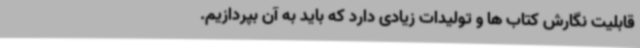
قابلیت نگارش کتاب ها و تولیدات زیادی دارد که باید به آن بپردازیم.